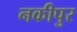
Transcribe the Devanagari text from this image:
नकीपुर